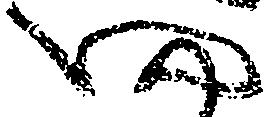
四